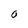
Character: 0